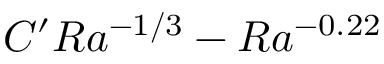
C ^ { \prime } R a ^ { - 1 / 3 } - R a ^ { - 0 . 2 2 }